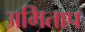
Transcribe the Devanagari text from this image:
अमिताप